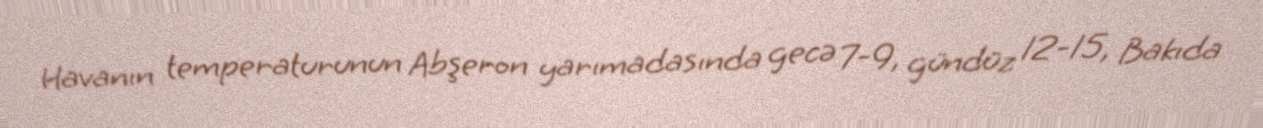
Havanın temperaturunun Abşeron yarımadasında gecə 7-9, gündüz 12-15, Bakıda